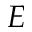
E